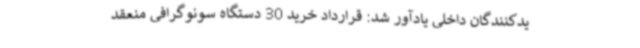
یدکنندگان داخلی یادآور شد: قرارداد خرید 30 دستگاه سونوگرافی منعقد